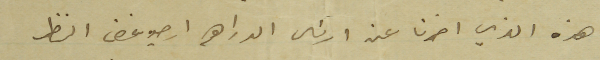
هذه الذي اخرنا عن ارسَال الدراهم ارجو غض النظر